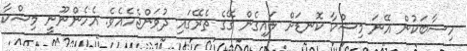
ހިސާބަކުން އޭނަ މިޝްކާ ކޮނޑަށް ލައިގެން ގޭގެ ތެރޭގައި ދުވަންޖެހެއެވެ. އެހެންނޫނީ މިޝްކާ